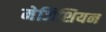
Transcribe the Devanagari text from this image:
मेजिशियन